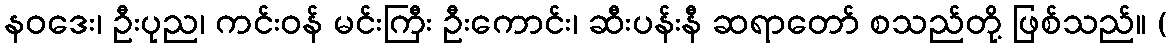
နဝဒေး၊ ဦးပုည၊ ကင်းဝန် မင်းကြီး ဦးကောင်း၊ ဆီးပန်းနီ ဆရာတော် စသည်တို့ ဖြစ်သည်။ (